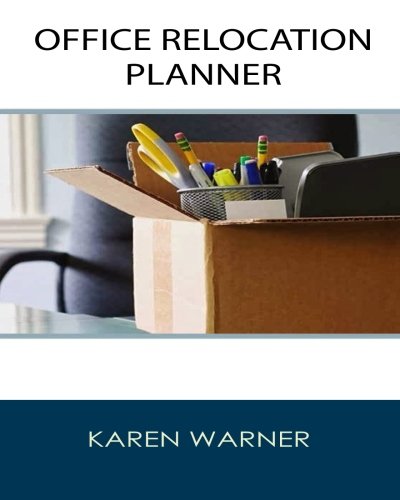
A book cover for Office Relocation Planner: THE Source for Planning, Managing and Executing Your Next Office Move - Today!; Karen Warner; Business & Money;